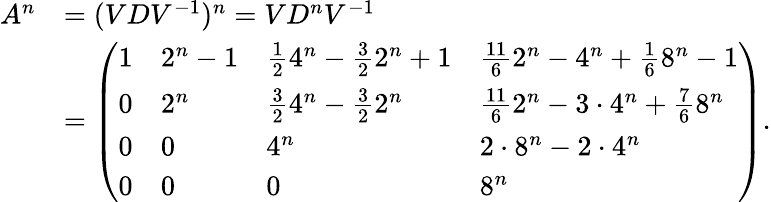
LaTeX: \begin{array}{rl}{A^{n}}&{=(VDV^{-1})^{n}=VD^{n}V^{-1}}\\ &{=\left(\begin{array}{llll}{1}&{2^{n}-1}&{\frac{1}{2}4^{n}-\frac{3}{2}2^{n}+1}&{\frac{11}{6}2^{n}-4^{n}+\frac{1}{6}8^{n}-1}\\ {0}&{2^{n}}&{\frac{3}{2}4^{n}-\frac{3}{2}2^{n}}&{\frac{11}{6}2^{n}-3\cdot 4^{n}+\frac{7}{6}8^{n}}\\ {0}&{0}&{4^{n}}&{2\cdot 8^{n}-2\cdot 4^{n}}\\ {0}&{0}&{0}&{8^{n}}\end{array}\right).}\end{array}